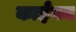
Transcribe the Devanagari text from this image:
काईगन